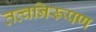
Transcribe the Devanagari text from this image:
तत्वनिरूपण